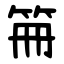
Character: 笧